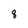
Character: 8